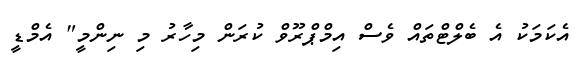
އެކަމަކު އެ ބެލްޓްތައް ވެސް އިމްޕްރޫވް ކުރަން މިހާރު މި ނިންމީ" އެމްޑީ